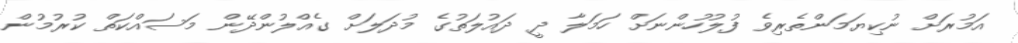
އަމުރަށް ނުކިޔަމަންތެރިވެ ފުލުހުންނަށް ހަމަލާ ދީ ދައުލަތުގެ މުދަލަށް ގެއްލުންދޭން މަސައްކަތް ކުރުމުން